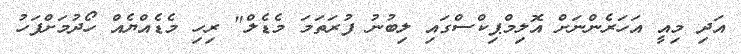
އަދި މިއީ އަހަރެންނަށް އޮލިމްޕިކްސްގައި ލިބުނު ފުރަތަމަ މެޑެލް" ރިހި މެޑެއްޔެއް ހޯދުމަށްފަހު